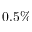
0 . 5 \%